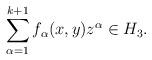
LaTeX: \begin{align*} \sum_{\alpha=1}^{k+1} f_\alpha(x,y)z^\alpha\in H_3.\end{align*}